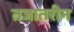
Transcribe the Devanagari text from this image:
तजातरीन